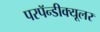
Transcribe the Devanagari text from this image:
परपॅन्डीक्यूलर